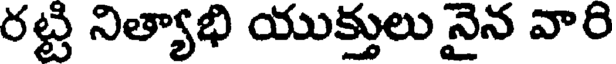
రట్టి నిత్యాభి యుక్తులు నైన వారి